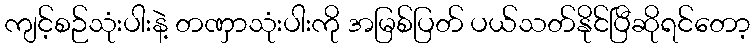
ကျင့်စဉ်သုံးပါးနဲ့ တဏှာသုံးပါးကို အမြစ်ပြတ် ပယ်သတ်နိုင်ပြီဆိုရင်တော့